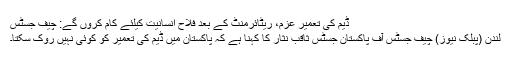
ڈیم کی تعمیر عزم، ریٹائرمنٹ کے بعد فلاحِ انسانیت کیلئے کام کروں گے: چیف جسٹس
لندن (پبلک نیوز) چیف جسٹس آف پاکستان جسٹس ثاقب نثار کا کہنا ہے کہ پاکستان میں ڈیم کی تعمیر کو کوئی نہیں روک سکتا۔